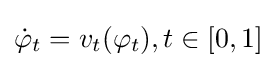
{\dot {\varphi }}_{t}=v_{t}(\varphi _{t}),t\in [0,1]